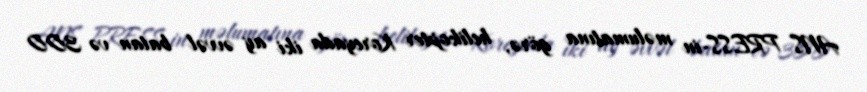
ANS PRESS-in məlumatına görə, helikopter Koreyada iki ay əvvəl batan və 300